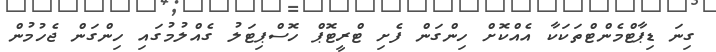
ގިނަ ޑިޕާޓްމެންޓްތަކަކާ އެއްކޮށް ހިންގަން ފެށި ޓްރީޓޮޕް ހޮސްޕިޓަލު ގެއްލުމުގައި ހިންގަން ޖެހުމުން